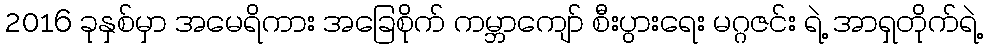
2016 ခုနှစ်မှာ အမေရိကား အခြေစိုက် ကမ္ဘာကျော် စီးပွားရေး မဂ္ဂဇင်း ရဲ့ အာရှတိုက်ရဲ့